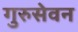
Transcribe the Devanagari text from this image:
गुरुसेवन